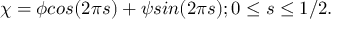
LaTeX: \chi = \phi c o s ( 2 \pi s ) + \psi s i n ( 2 \pi s ) ; 0 \leq s \leq 1 / 2 .